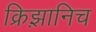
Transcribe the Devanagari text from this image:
क्रिझ़ानिच